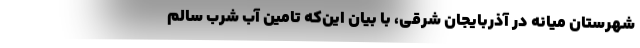
شهرستان میانه در آذربایجان‌ شرقی، با بیان این‌که تامین آب شرب سالم